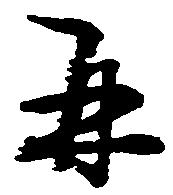
并